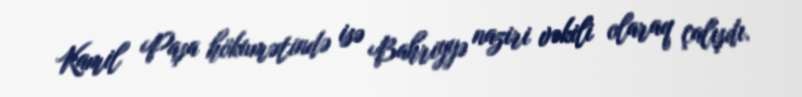
Kamil Paşa hökumətində isə Bahriyyə naziri vəkili olaraq çalışdı.